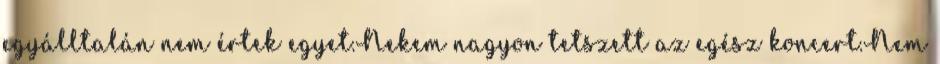
egyálltalán nem értek egyet.Nekem nagyon tetszett az egész koncert.Nem